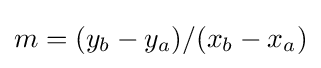
m=(y_{b}-y_{a})/(x_{b}-x_{a})